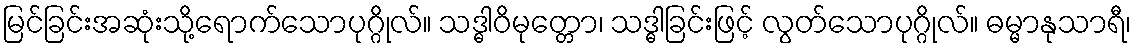
မြင်ခြင်းအဆုံးသို့ရောက်သောပုဂ္ဂိုလ်။ သဒ္ဓါဝိမုတ္တော၊ သဒ္ဓါခြင်းဖြင့် လွတ်သောပုဂ္ဂိုလ်။ ဓမ္မာနုသာရီ၊